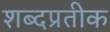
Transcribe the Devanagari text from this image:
शब्दप्रतीक